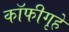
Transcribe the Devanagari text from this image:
कॉफीगृहे